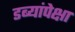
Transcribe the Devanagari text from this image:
डब्यांपेक्षा